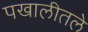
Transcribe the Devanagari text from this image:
पखालीतले